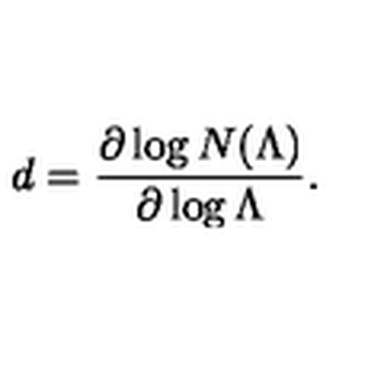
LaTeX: d = \frac { \partial \log N ( \Lambda ) } { \partial \log \Lambda } .